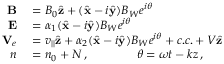
\begin{array} { r l } { { \bf B } } & { { } = B _ { 0 } \hat { \bf z } + ( \hat { \bf x } - i \hat { \bf y } ) B _ { W } e ^ { i \theta } } \\ { { \bf E } } & { { } = \alpha _ { 1 } ( \hat { \bf x } - i \hat { \bf y } ) B _ { W } e ^ { i \theta } } \\ { { \bf V } _ { e } } & { { } = v _ { | | } \hat { \bf z } + \alpha _ { 2 } ( \hat { \bf x } - i \hat { \bf y } ) B _ { W } e ^ { i \theta } + c . c . + V \hat { \bf z } } \\ { n } & { { } = n _ { 0 } + N \, , \qquad \qquad \theta = \omega t - k z \, , } \end{array}